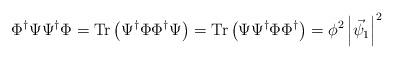
LaTeX: \begin{align*}\Phi^{\dagger}\Psi \Psi^\dagger \Phi = {\rm Tr}\left( \Psi^{\dagger}\Phi \Phi^\dagger \Psi \right) = {\rm Tr}\left( \Psi \Psi^{\dagger} \Phi\Phi^\dagger \right) = \phi^{2} \left| \vec{\psi}_1\right|^{2}\end{align*}